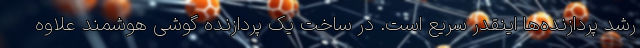
رشد پردازنده‌ها اینقدر سریع است. در ساخت یک پردازنده گوشی هوشمند علاوه